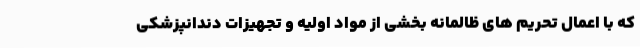
که با اعمال تحریم های ظالمانه بخشی از مواد اولیه و تجهیزات دندانپزشکی